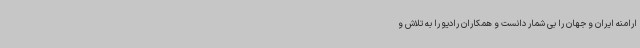
ارامنه ایران و جهان را بی شمار دانست و همکاران رادیو را به تلاش و